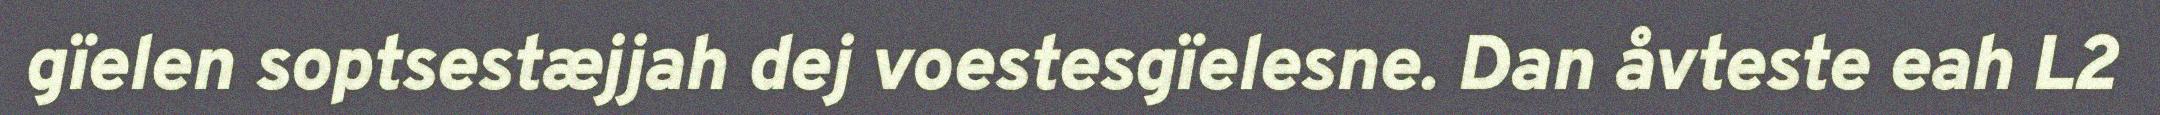
gïelen soptsestæjjah dej voestesgïelesne. Dan åvteste eah L2